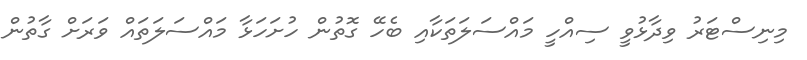
މިނިސްޓަރު ވިދާޅުވީ ސިއްހީ މައްސަލަތަކާއި ބެހޭ ގޮތުން ހުށަހަޅާ މައްސަލަތައް ވަރަށް ގާތުން